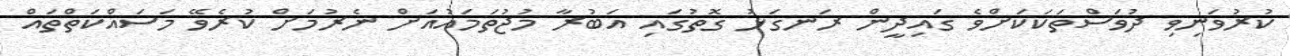
ކުރުވަނިވި ދުވަސްތަކަކަށްވެ ގައިދީން ރަނގަޅު ގޮތުގައި އަބުރާ މުޖުތަމައުއަށް ނެރުމަށް ކުރެވޭ މަސައްކަތްތައް